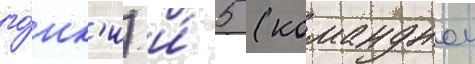
го́нк'и) и́ 5 (команднои